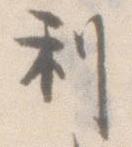
利